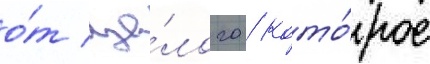
о́т це́лого / кото́рое